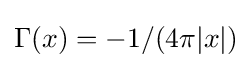
\Gamma (x)=-1/(4\pi |x|)